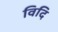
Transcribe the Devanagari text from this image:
विदि